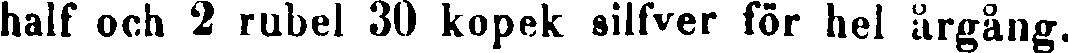
half och 2 rubel 30 kopek silfver för hel årgång.